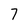
Character: 7